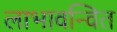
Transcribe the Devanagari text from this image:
लाभावन्वित